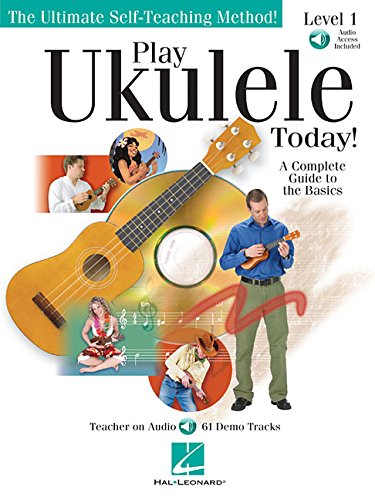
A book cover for Play Ukulele Today!: A Complete Guide to the Basics Level 1; Barrett Tagliarino; Arts & Photography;